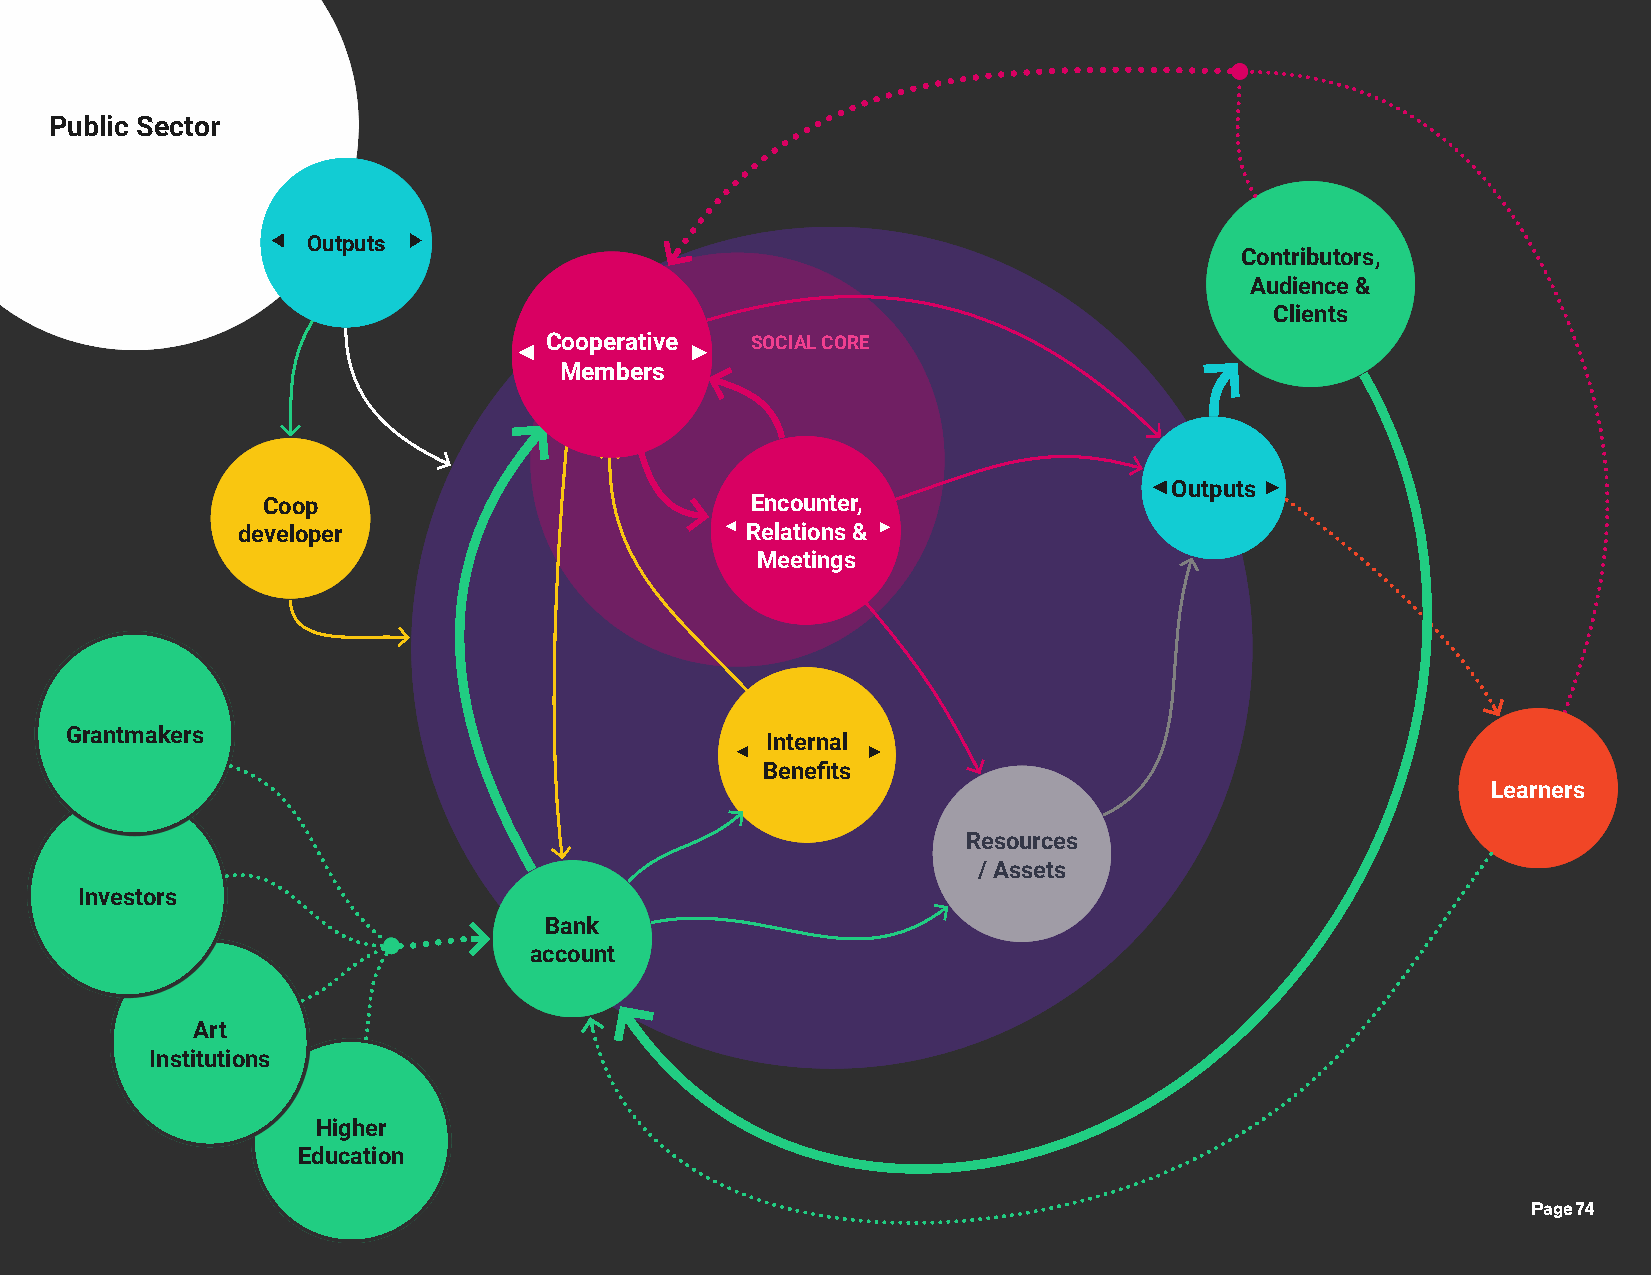
Public Sector
 Outputs
 Public
 PolOicieus tpuInvtesstments
 Contributors,
 Public                                                       Audience &
 Programs
 Clients
 Cooperative   SOCIAL CORE
 Members
 Outputs
 Encounters                 Objects, Services,
 & Relations
 ProOducutstputLasbor
 Coop                             Encounter,
 Trainings
 developer                        Relations &                   Clas& s es
 Meetings
 Internal Benefits
 Grantmakers                                  EducaItinon/ternNeatwolr ks &
 Training Community
 Benefits Benefits
 Benefits
 Personal                                       Learners
 &
 Material
 Benefits
 Resources
 / Assets
 Investors
 Bank
 account
 Art
 Institutions
 Higher
 Education
 Page 74